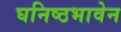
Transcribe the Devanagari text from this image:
घनिष्ठभावेन